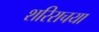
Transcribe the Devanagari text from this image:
शरिराचया